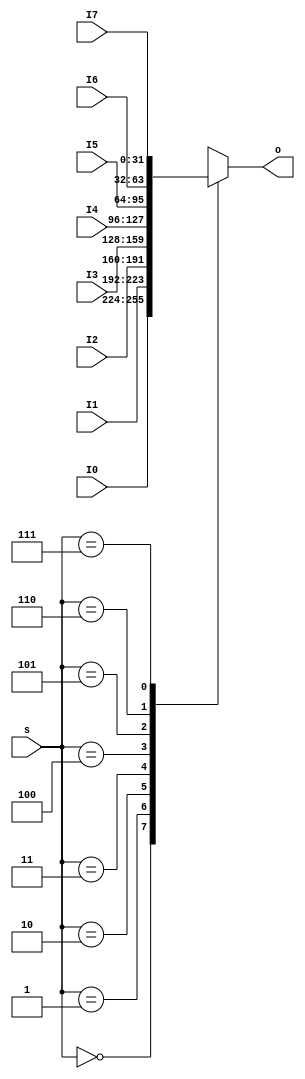
module  MUX8T1_32( input [2:0]s,
						 input [31:0]I0,
						 input [31:0]I1,
						 input [31:0]I2,
						 input [31:0]I3,
						 input [31:0]I4,
						 input [31:0]I5,
						 input [31:0]I6,
						 input [31:0]I7,			 
						 output reg [31:0]o
						 );
		always @ *			 
			case(s)
				3'd0: o = I0;
				3'd1: o = I1;
				3'd2: o = I2;
				3'd3: o = I3;
				3'd4: o = I4;
				3'd5: o = I5;
				3'd6: o = I6;
				3'd7: o = I7;
				default : ;
			endcase	
			
endmodule